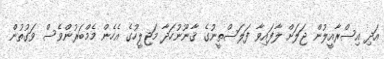
އަދި އިސްރާއީލުން ޖަލަށް ލާފައިވާ ފަލަސްތީނުގެ ޤާނޫނުހަދާ މަޖިލީހުގެ އެހެން މެމްބަރުންވެސް ވަގުތުން